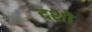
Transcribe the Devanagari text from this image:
दशो